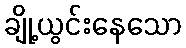
ချို့ယွင်းနေသော